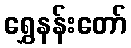
ရွှေနန်းတော်